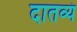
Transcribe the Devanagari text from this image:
दातव्यं